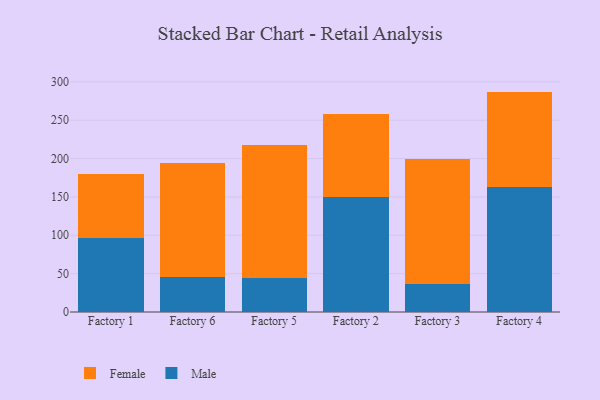
{"axis": {"x": "Factory", "y": "Production Output"}, "legend": ["Female", "Male"], "data": [{"x": "Factory 1", "y": 97.0, "type": "Male"}, {"x": "Factory 1", "y": 82.3, "type": "Female"}, {"x": "Factory 6", "y": 45.2, "type": "Male"}, {"x": "Factory 6", "y": 148.8, "type": "Female"}, {"x": "Factory 5", "y": 43.7, "type": "Male"}, {"x": "Factory 5", "y": 174.2, "type": "Female"}, {"x": "Factory 2", "y": 149.5, "type": "Male"}, {"x": "Factory 2", "y": 108.6, "type": "Female"}, {"x": "Factory 3", "y": 37.1, "type": "Male"}, {"x": "Factory 3", "y": 161.7, "type": "Female"}, {"x": "Factory 4", "y": 162.9, "type": "Male"}, {"x": "Factory 4", "y": 124.4, "type": "Female"}]}